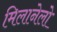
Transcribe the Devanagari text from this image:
मिलानेलो